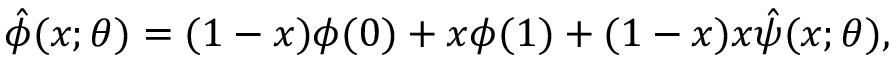
\hat { \phi } ( x ; \theta ) = ( 1 - x ) \phi ( 0 ) + x \phi ( 1 ) + ( 1 - x ) x \hat { \psi } ( x ; \theta ) ,